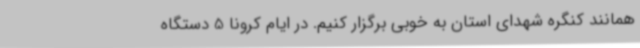
همانند کنگره شهدای استان به خوبی برگزار کنیم. در ایام کرونا 5 دستگاه